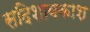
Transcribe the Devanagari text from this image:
सदिशावकाश